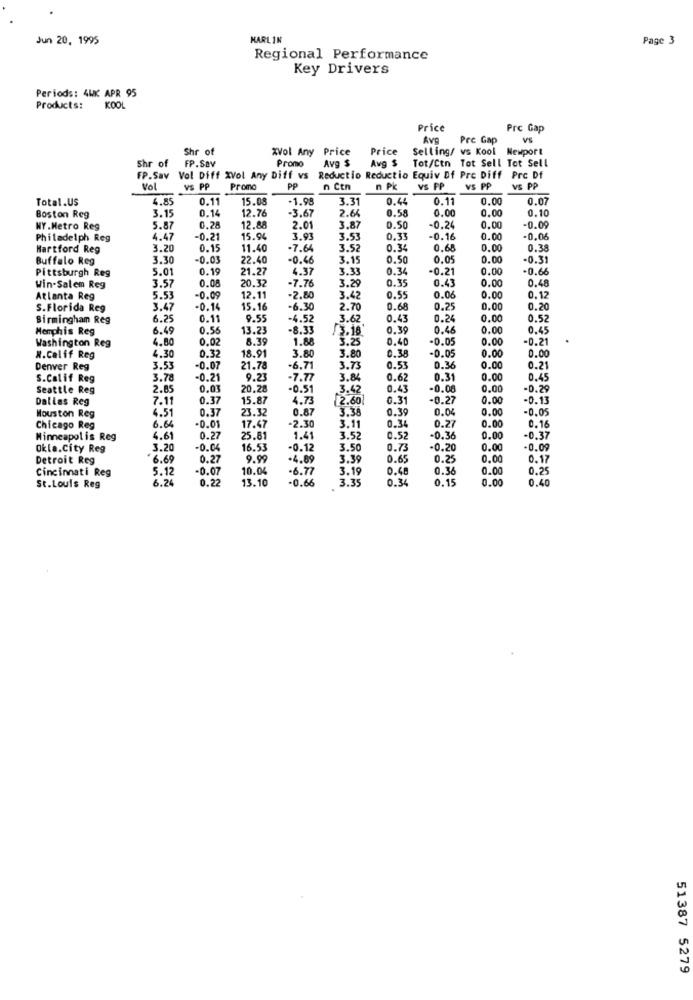
Jun 20, 1995
MARLIN
Page 3
Regional Performance
Key Drivers
Periods: 4WK APR 95
Products:
KOOL
Price
Prc Gap
Ave
Pre Gap
VS
Shr of
xVol Any Price
Price
Selling/ vs Kool Newport
Shr of
Promo
Avg $
Avg $
Tot/Ctn Tot Sell Tot Sell
FP.Sav
FP.Sav
Vol Diff XVol Any Diff vs
Reductio Reductio Equiv Df Pre Diff Prc Df
Vol
VS PP
Promo
PP
n Ctn
n Pk
VS PP
VS PP
VS PP
Total.US
4.85
0.1
15.08
-1.98
3.31
0.44
0.11
0.00
0.0
3.15
0.14
12.76
-3.67
2.64
0.58
0.00
0.00
0.1
Boston Reg
NY.Metro Reg
5.87
0.28
12.88
2.01
3.8
0.5
-0.24
0.00
-0.0
Philadelph Reg
4.47
-0.2
15.94
3.93
3.53
0.3
-0.16
0.00
-0.08
Hartford Reg
3.20
0.1:
11.40
-7.64
3.5
0.34
0.68
0.00
0.38
Buffalo Reg
3.30
-0.03
22.40
-0.46
3.1
0.50
0.0
0.00
-0.31
Pittsburgh Reg
5.01
0.19
21.27
4.37
3.33
0.34
-0.21
0.00
-0.66
3.57
0.0
20.32
-7.7
3.2
0.3.
0.43
0.00
0.48
Win-Salem Reg
Atlanta Reg
5.53
-0.0
12.11
-2.8
3.42
0.55
0.06
0.00
0.12
S.Florida Reg
3.47
-0.14
15.16
-6.30
2.70
0.68
0.25
0.00
0.20
Birmingham Reg
6.25
0.11
9.55
-4.52
3.62
0.4
0.24
0.00
0.52
Memphis Reg
6.49
0.56
13.2
-8.33
3.18
0.39
0.46
0.00
0.45
Washington Reg
4.80
0,02
8.39
1.88
3.25
0.40
-0.05
0.00
-0.21
4.30
0.32
18.9
0.3
-0.05
0.00
0.00
N.Calif Reg
3.80
3.80
Denver Reg
3.53
-0.0
21.78
-6.71
3.73
0.53
0.36
0.00
0.21
S.Calif Reg
3.78
-0.21
9.23
7.77
3.84
0.62
0.31
0.00
0.45
Seattle Reg
2.85
0.03
20.28
-0.51
3.42
0.43
-0.08
0.00
-0.29
Dallas Reg
7.11
0.37
15.87
4.73
2.60
0.31
-0.27
0.00
-0.13
6.51
0.37
23.32
0.87
3.38
0.39
0.04
0.00
-0.05
Houston Reg
0.00
Chicago Reg
6.64
-0.01
17.47
-2.30
3.11
0.3
0.27
0.16
Minneapolis Reg
6.61
0.27
25.81
1.41
3.52
0.52
-0.36
0.00
-0.37
Okla.City Reg
3.20
-0.0
16.53
-0.12
3.50
0.73
-0.20
0.00
-0.09
Detroit Reg
6.69
0.27
9.99
-4.69
3.39
0.6
0.25
0.00
0.17
Cincinnati Reg
5.12
-0.07
10.04
-6.77
3.19
0.40
0.36
0.00
0.25
6.24
0.22
13.10
-0.66
3.35
0.34
0.15
0.00
0.40
St.Louis Reg
51387 5279